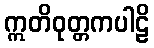
ဣတိဝုတ္တကပါဠိ